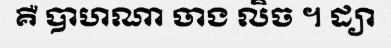
គឺ បាហណា ចាង លិច ។ ដ្យា